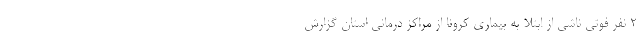
2 نفر فوتی ناشی از ابتلا به بیماری کرونا از مراکز درمانی استان گزارش